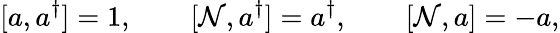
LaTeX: [a,a^{\dagger}]=1,\qquad[\mathcal{N},a^{\dagger}]=a^{\dagger},\qquad[\mathcal{N},a]=-a,